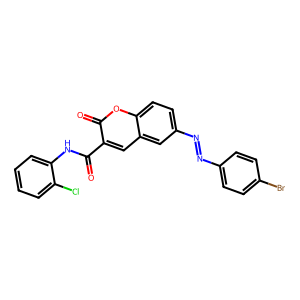
SMILES: O=C(Nc1ccccc1Cl)c1cc2cc(N=Nc3ccc(Br)cc3)ccc2oc1=O
Inhibits HIV replication: No